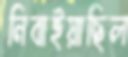
নিবাইয়াছিল